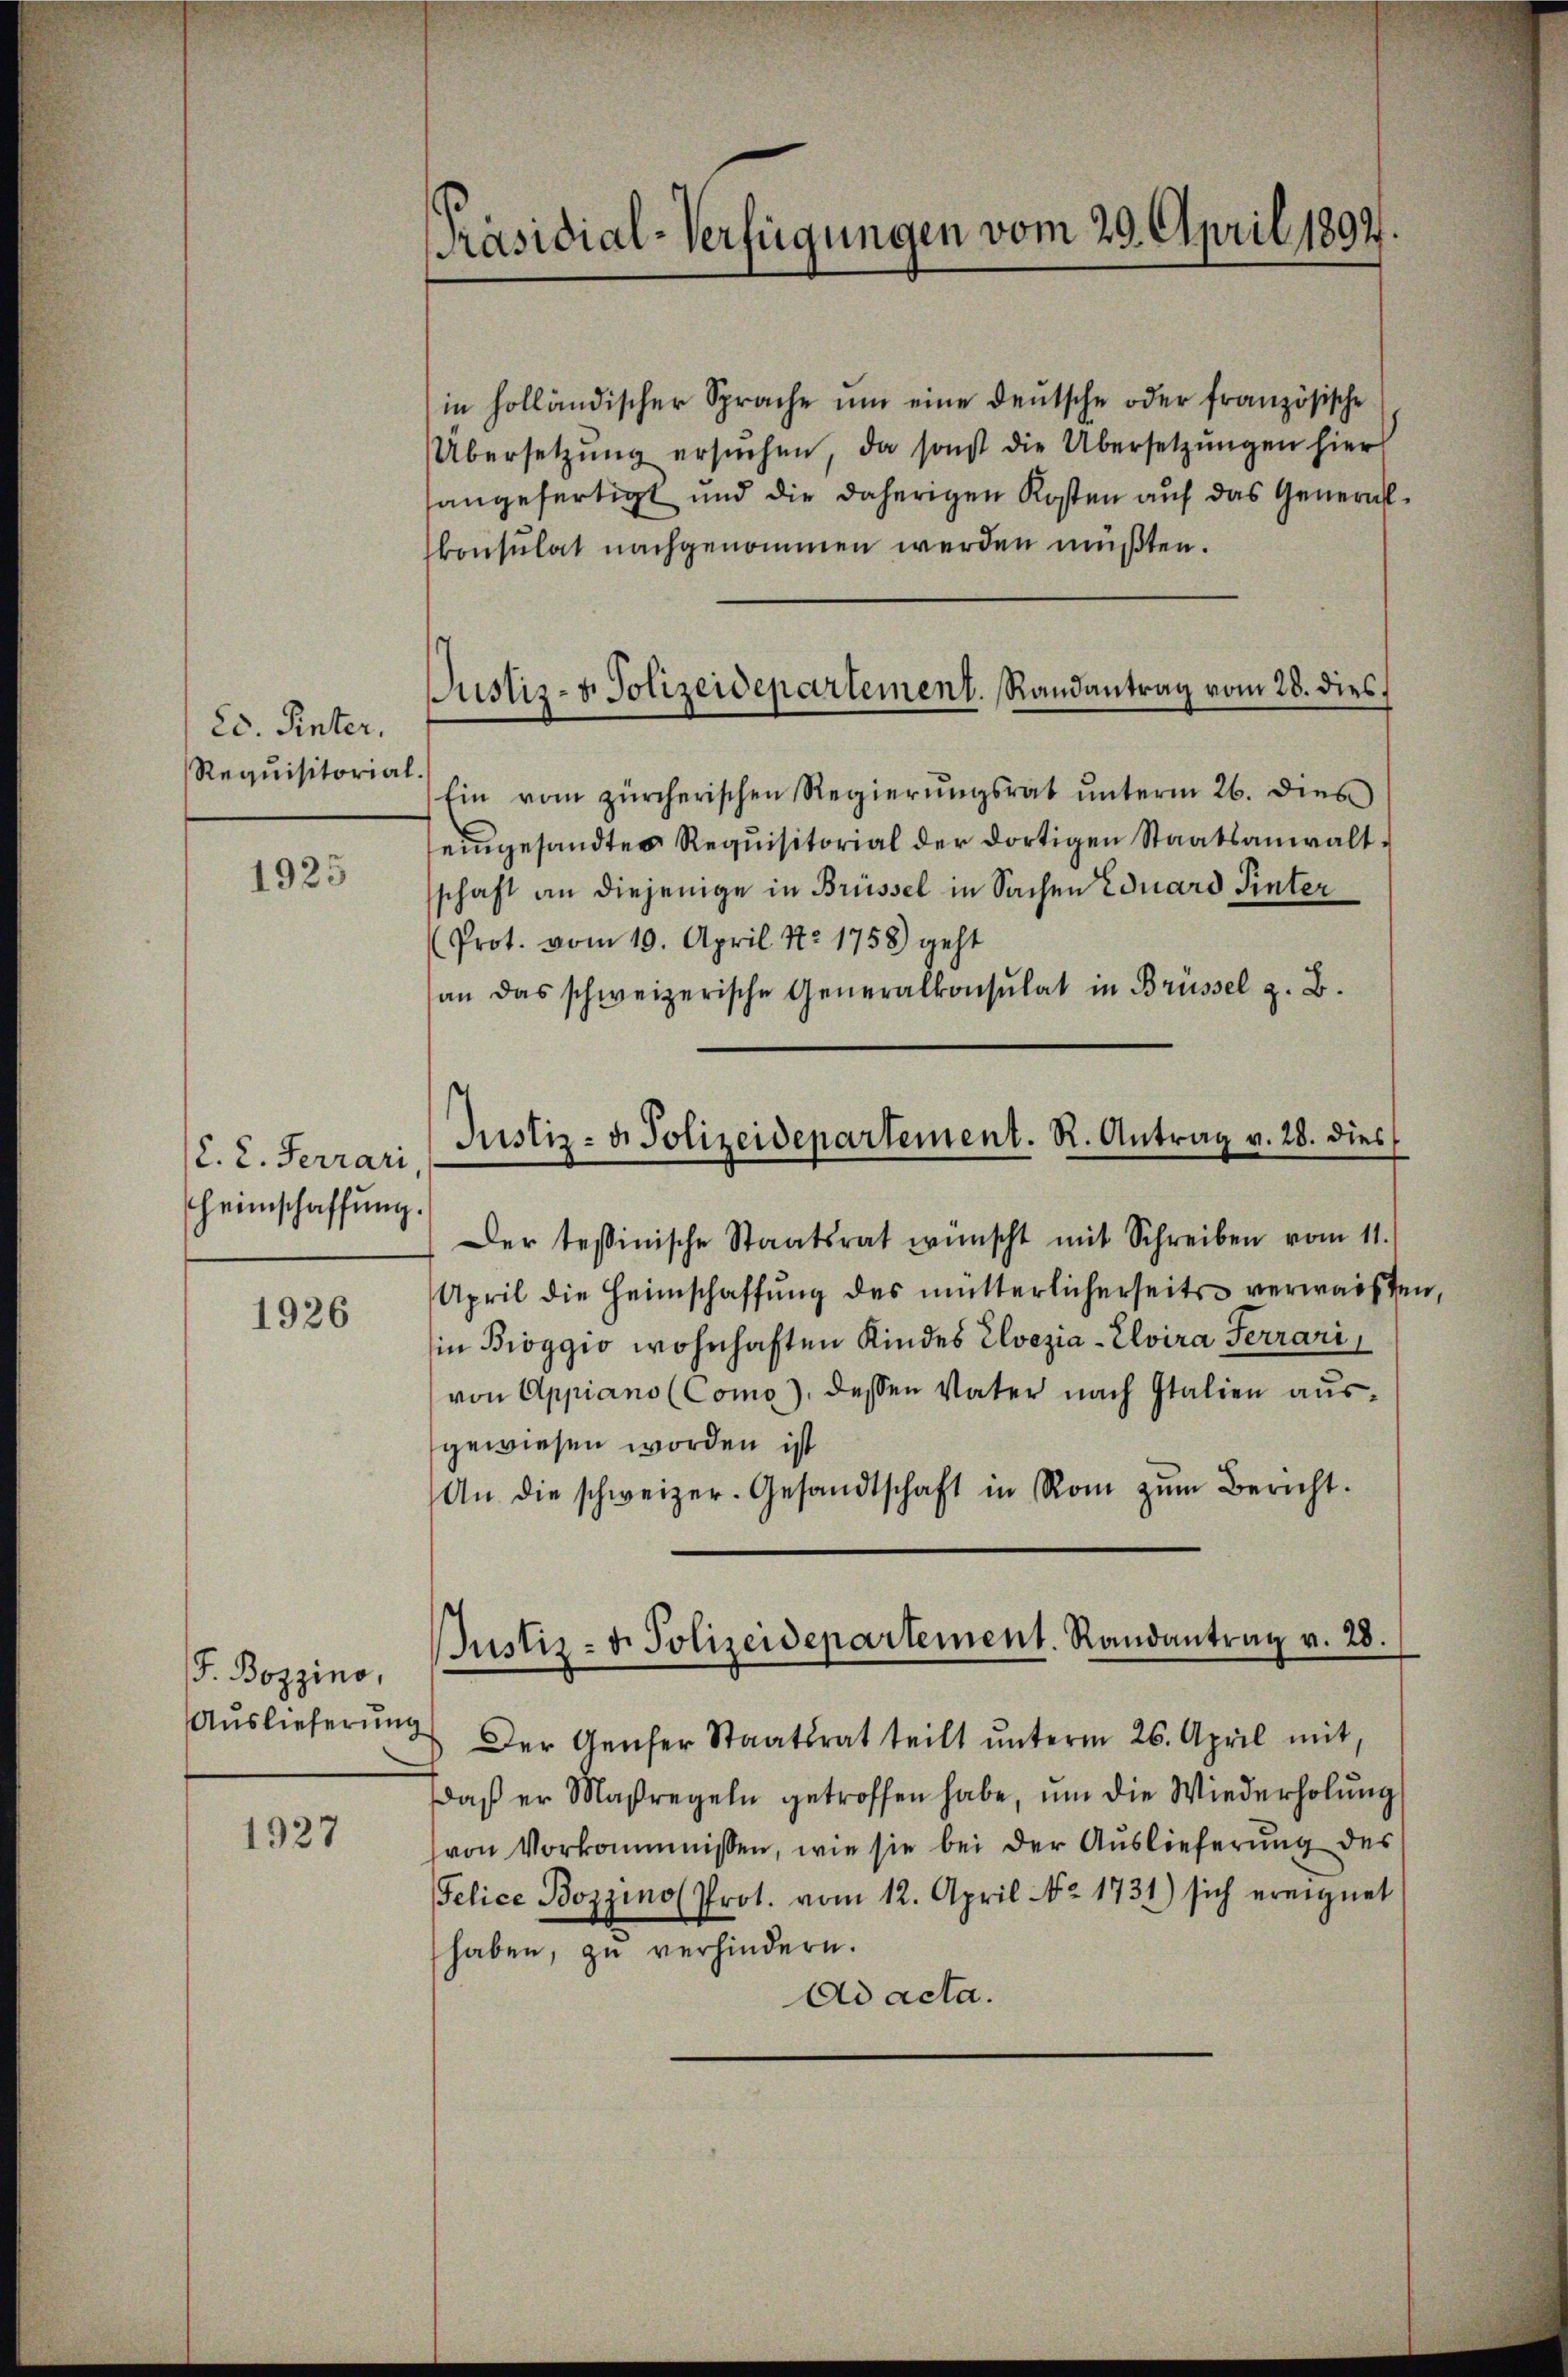
Ed. Hinter.
Requisitorial

1925

C. C. Ferrari
Heimschaffung

1926

F. Bozzino,
Auslieferung

1927

¬
Präsidial-Verfügungen vom 29. April 1892.

Justiz- & Polizeidepartement. Randantrag vom 28. dies

in holländischer Sprache ŭm eine deŭtsche oder französische
Übersetzŭng ersŭchen, da sonst die Übersetzungen hier
sangefertigt und die daherigen Kosten auf das General¬
Consulat nachgenommen werden müßten.
Ein vom zürcherischen Regierŭngsrat ŭnterm 26. dies
eingesandtes Requisitorial der dortigen Staatsanwaltschaft an diejenige in Brüssel in Sachen Eduard Pinter
Prot. vom 19. April No 1758) geht
an das schweizerische Generalkonsulat in Brüssel z. B.
Der tessinische Staatsrat wünscht mit Schreiben vom 11.
April die Heimschaffŭng des mütterlicherseits verwaisten
in Broggio wohnhaften Kindes Elvezia-Elvira Ferrari
von Appiano (Como), dessen Vater nach Italien aŭs-
gewiesen worden ist
An die schweizer. Gesandtschaft in Rom zŭm Bericht.
Der Genfer Staatsrat teilt unterm 26. April mit,
daβ er Maßregeln getroffen habe, ŭm die Wiederholŭng
von Vorkommnissen, wie sie bei der Auslieferung des
elice Bozzino Prot. vom 12. April No 1731) sich ereignet
haben, zu verhindern.
Ad acta.

Justiz- u. Polizeidepartement. R. Antrag v. 28. dies

Justiz- v. Polizeidepartement. Randantrag v. 28.